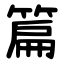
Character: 篇